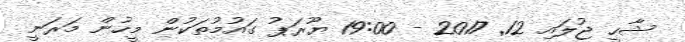
ޝާހީ ޖުލައި 12